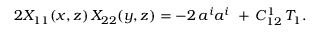
2 X _ { 1 1 } ( x , z ) \, X _ { 2 2 } ( y , z ) = - 2 \, a ^ { i } a ^ { i } \ + \, C _ { 1 2 } ^ { 1 } \, T _ { 1 } .